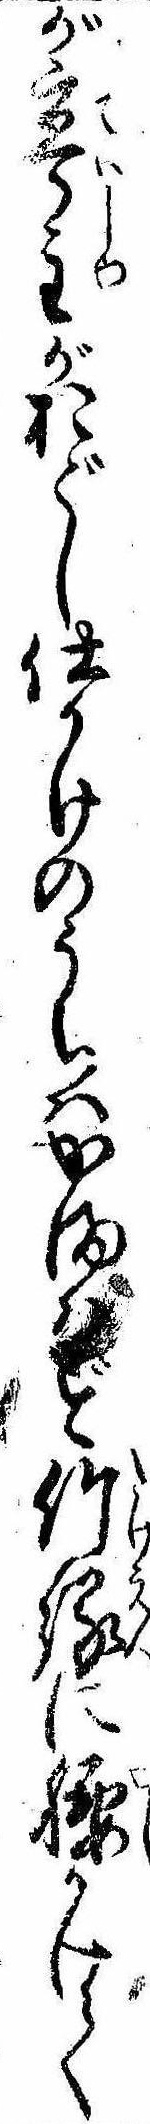
が亭主がおどし仕かけのうちはかまはず竹縁に腰かけて